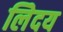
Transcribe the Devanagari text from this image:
लेिदय